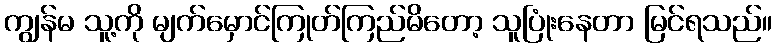
ကျွန်မ သူ့ကို မျက်မှောင်ကြုတ်ကြည်မိတော့ သူပြုံးနေတာ မြင်ရသည်။